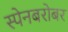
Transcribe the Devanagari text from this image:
स्पेनबरोबर